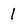
Character: 1